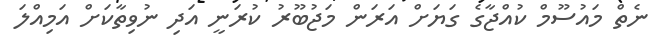
ނެތް މައުސޫމް ކުއްޖާގެ ގަޔަށް އަރަން މަޖުބޫރު ކުރަނީ އަދި ނުވިތާކަށް އަމިއްލަ